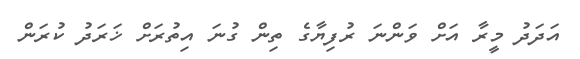
އަދަދު މީރާ އަށް ވަންނަ ރުފިޔާގެ ތިން ގުނަ އިތުރަށް ޚަރަދު ކުރަން